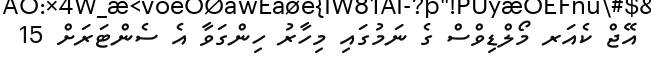
އޭޖް ކެއަރ މޯލްޑިވްސް ގެ ނަމުގައި މިހާރު ހިންގަވާ އެ ސެންޓަރަށް 15